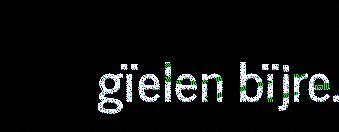
gïelen bïjre.